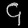
Digit: ၄